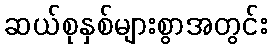
ဆယ်စုနှစ်များစွာအတွင်း